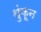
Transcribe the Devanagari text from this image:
थुंकून